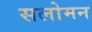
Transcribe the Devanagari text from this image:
सलोमन